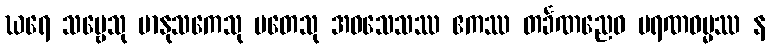
ဃရေ သဗ္ဗေသု မာနုသကေသု မတေသု အဝသေသဿ ဧကဿ တင်္ခဏညေဝ မရဏဓမ္မဿ န